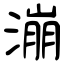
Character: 漰